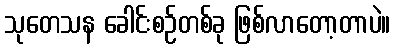
သုတေသန ခေါင်းစဉ်တစ်ခု ဖြစ်လာတော့တာပဲ။